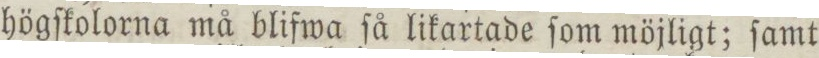
högſkolorna må blifwa ſå likartade ſom möjligt; ſamt